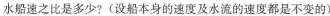
水船速之比是多少？（设船本身的速度及水流的速度都是不变的）